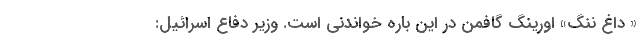
« داغ ننگ» اورینگ گافمن در این باره خواندنی است. وزیر دفاع اسرائیل: